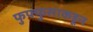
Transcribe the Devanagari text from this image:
फुफ्फुसाकडून